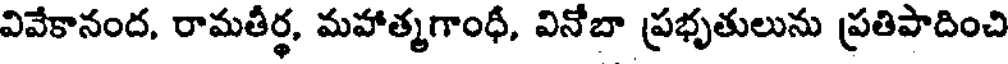
వివేకానంద, రామతీర్థ, మహాత్మగాంధీ, వినోబా ప్రభృతులును ప్రతిపాదించి